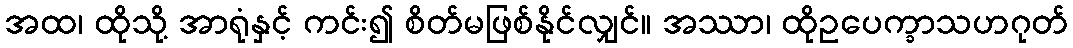
အထ၊ ထိုသို့ အာရုံနှင့် ကင်း၍ စိတ်မဖြစ်နိုင်လျှင်။ အဿာ၊ ထိုဥပေက္ခာသဟဂုတ်